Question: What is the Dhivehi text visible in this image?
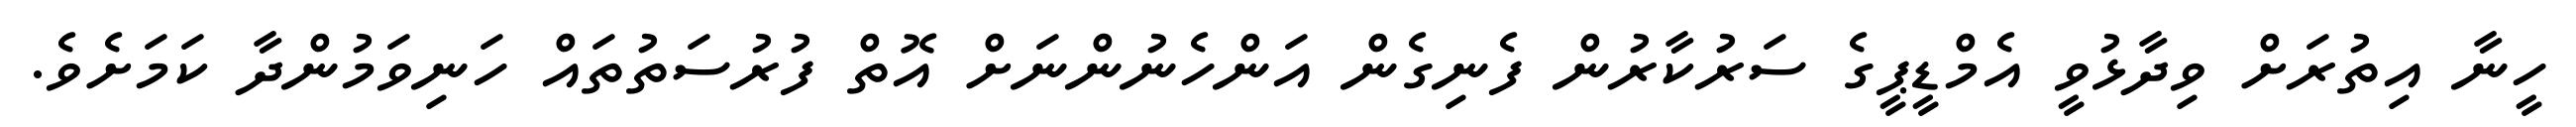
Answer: ހީނާ އިތުރަށް ވިދާޅުވީ އެމްޑީޕީގެ ސަރުކާރުން ފެނިގެން އަންހެނުންނަށް އޮތް ފުރުސަތުތައް ހަނިވަމުންދާ ކަމަށެވެ.